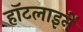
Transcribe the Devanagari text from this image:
हॉटलाइनें